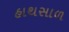
હાથસાળ